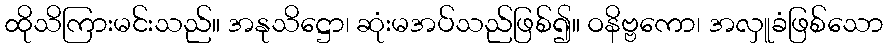
ထိုသိကြားမင်းသည်။ အနုသိဋ္ဌော၊ ဆုံးမအပ်သည်ဖြစ်၍။ ဝနိဗ္ဗကော၊ အလှူခံဖြစ်သော